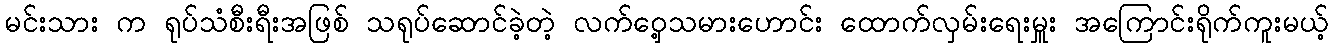
မင်းသား က ရုပ်သံစီးရီးအဖြစ် သရုပ်ဆောင်ခဲ့တဲ့ လက်ဝှေ့သမားဟောင်း ထောက်လှမ်းရေးမှူး အကြောင်းရိုက်ကူးမယ့်